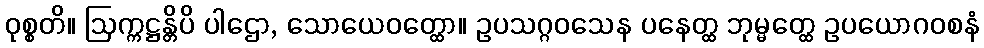
ဝုစ္စတိ။ ဩက္ကဋ္ဌန္တိပိ ပါဌော, သောယေဝတ္ထော။ ဥပသဂ္ဂဝသေန ပနေတ္ထ ဘုမ္မတ္ထေ ဥပယောဂဝစနံ